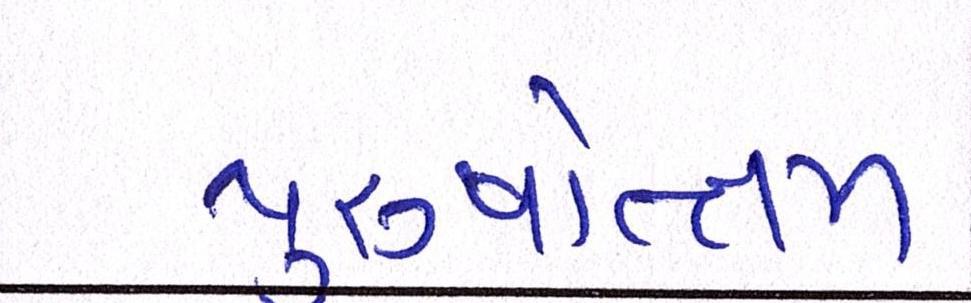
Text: પુરુષોત્તમ